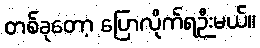
တစ်ခုတော့ ပြောလိုက်ရဉီးမယ်။